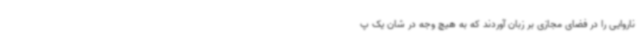
ناروایی را در فضای مجازی بر زبان آوردند که به هیچ وجه در شان یک پ